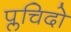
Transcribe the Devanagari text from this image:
प्लचिदो